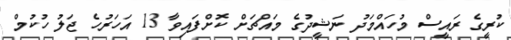
ކުރީގެ ރައީސް މުހައްމަދު ނަޝީދުގެ މައްޗަށް ކޮށްފައިވާ 13 އަހަރުހެ ޖަލު ހުކުމް